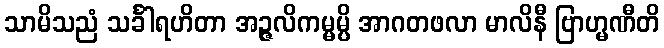
သာမိသညံ သင်္ခါရဟိတာ အဉ္ဇလိကမ္မမ္ပိ အာဂတဖလာ မာလိနီ ဗြာဟ္မဏီတိ